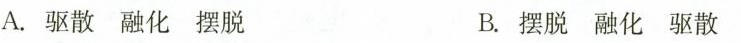
A.驱散融化摆脱 B.摆脱融化驱散